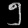
Digit: ၅